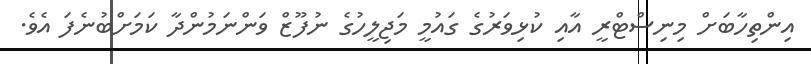
އިންތިހާބަށް މިނިސްޓްރީ އާއި ކުޅިވަރުގެ ގައުމީ މަޖިލީހުގެ ނުފޫޒް ވަންނަމުންދާ ކަމަށްބުނެފަ އެވެ.